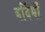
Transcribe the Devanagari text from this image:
वर्दियाँ